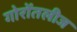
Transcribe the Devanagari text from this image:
गोरोंतलीज